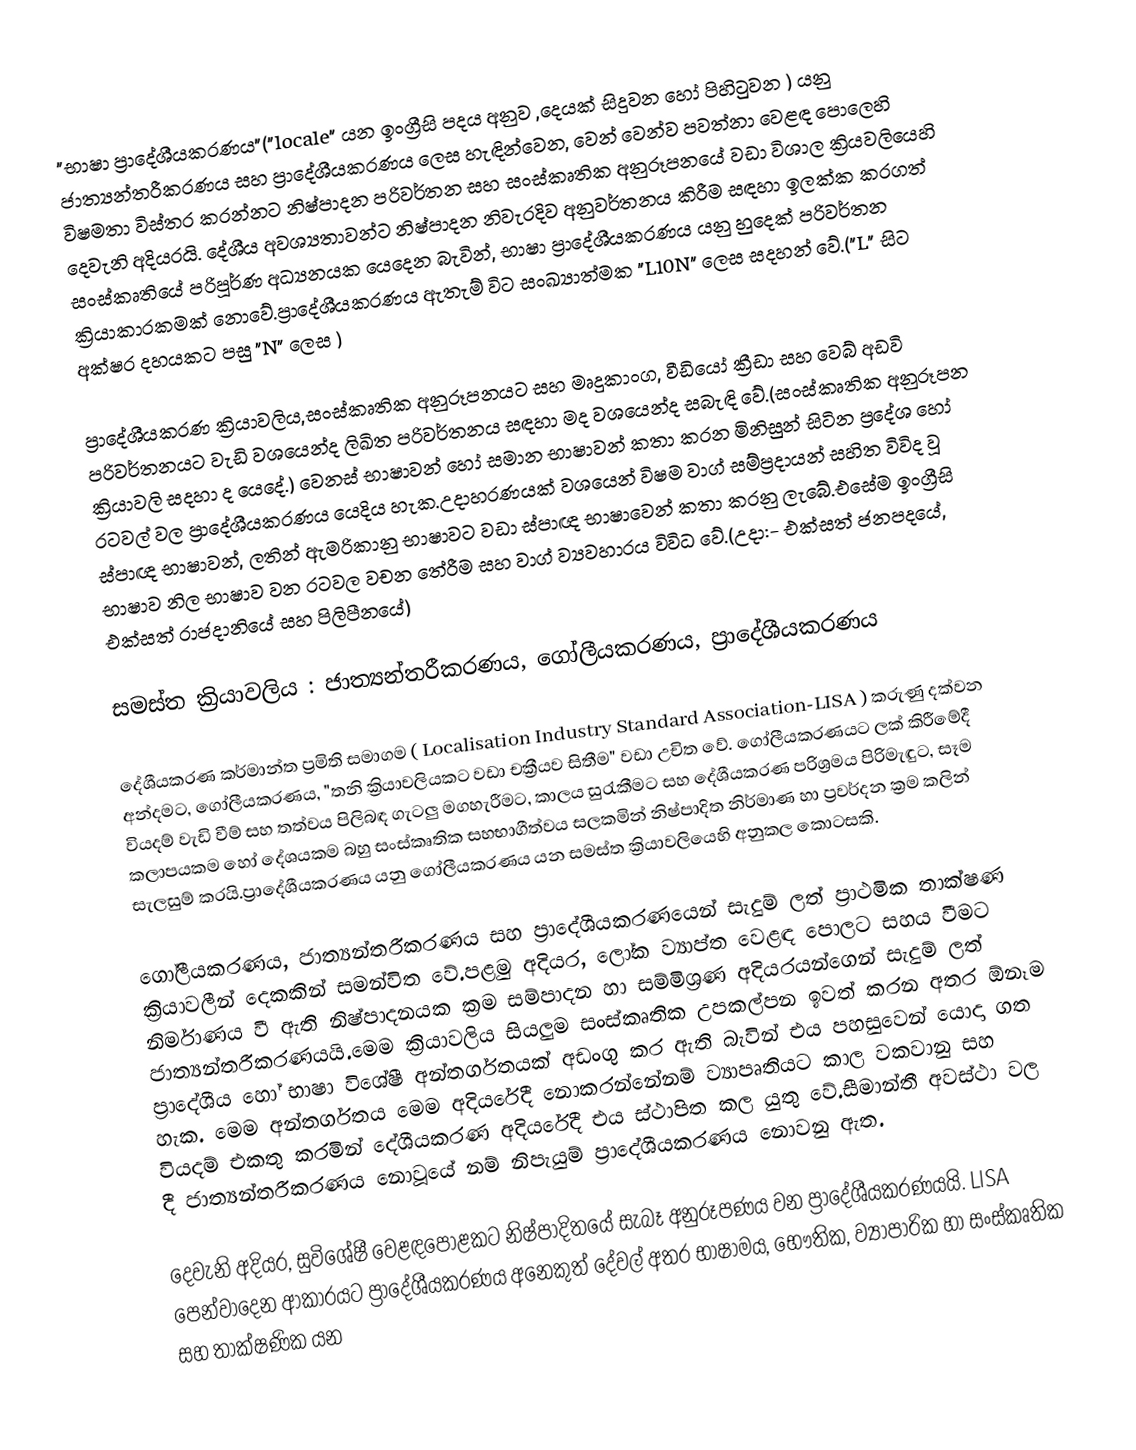
"භාෂා ප්‍රාදේශීයකරණය"("locale" යන ඉංග්‍රීසි පදය අනුව ,දෙයක් සිදුවන හෝ පිහිටුවන ) යනු ජාත්‍යන්තරීකරණය සහ ප්‍රාදේශීයකරණය ලෙස හැඳින්වෙන, වෙන් වෙන්ව පවත්නා වෙළඳ පොලෙහි විෂමතා විස්තර කරන්නට නිෂ්පාදන පරිවර්තන සහ සංස්කෘතික අනුරූපනයේ වඩා විශාල ක්‍රියවලියෙහි දෙවැනි අදියරයි. දේශීය අවශ්‍යතාවන්ට නිෂ්පාදන නිවැරදිව අනුවර්තනය කිරීම සඳහා ඉලක්ක කරගත් සංස්කෘතියේ පරිපූර්ණ අධ්‍යනයක යෙදෙන බැවින්, භාෂා ප්‍රාදේශීයකරණය යනු හුදෙක් පරිවර්තන ක්‍රියාකාරකමක් නොවේ.ප්‍රාදේශීයකරණය ඇතැම් විට සංඛ්‍යාත්මක "L10N" ලෙස සදහන් වේ.("L" සිට අක්ෂර දහයකට පසු "N" ලෙස )

ප්‍රාදේශීයකරණ ක්‍රියාවලිය,සංස්කෘතික අනුරූපනයට සහ මෘදුකාංග, වීඩියෝ ක්‍රීඩා සහ වෙබ් අඩවි පරිවර්තනයට වැඩි වශයෙන්ද ලිඛිත පරිවර්තනය සඳහා මද වශයෙන්ද සබැඳි වේ.(සංස්කෘතික අනුරූපන ක්‍රියාවලි සදහා ද යෙදේ.) වෙනස් භාෂාවන් හෝ සමාන භාෂාවන් කතා කරන මිනිසුන් සිටින ප්‍රදේශ හෝ රටවල් වල ප්‍රාදේශීයකරණය යෙදිය හැක.උදාහරණයක් වශයෙන් විෂම වාග් සම්ප්‍රදායන් සහිත විවිද වූ ස්පාඥ භාෂාවන්, ලතින් ඇමරිකානු භාෂාවට වඩා ස්පාඥ භාෂාවෙන් කතා කරනු ලැබේ.එසේම ඉංග්‍රීසි භාෂාව නිල භාෂාව වන රටවල වචන තේරීම සහ වාග් ව්‍යවහාරය විවිධ වේ.(උදා:- එක්සත් ජනපදයේ, එක්සත් රාජදානියේ සහ පිලිපීනයේ)

සමස්ත ක්‍රියාවලිය : ජාත්‍යන්තරීකරණය, ගෝලීයකරණය, ප්‍රාදේශීයකරණය

දේශීයකරණ කර්මාන්ත ප්‍රමිති සමාගම ( Localisation Industry Standard Association-LISA ) කරුණු දක්වන අන්දමට, ගෝලීයකරණය, "තනි ක්‍රියාවලියකට වඩා චක්‍රීයව සිතීම" වඩා උචිත වේ. ගෝලීයකරණයට ලක් කිරීමේදී වියදම් වැඩි වීම් සහ තත්වය පිලිබඳ ගැටලු මගහැරීමට, කාලය සුරැකීමට සහ දේශීයකරණ පරිශ්‍රමය පිරිමැඳුට, සෑම කලාපයකම හෝ දේශයකම බහු සංස්කෘතික සහභාගීත්වය සලකමින් නිෂ්පාදිත නිර්මාණ හා ප්‍රවර්දන ක්‍රම කලින් සැලසුම් කරයි.ප්‍රාදේශීයකරණය යනු ගෝලීයකරණය යන සමස්ත ක්‍රියාවලියෙහි අනුකල කොටසකි.

ගෝලීයකරණය, ජාත්‍යන්තරීකරණය සහ ප්‍රාදේශීයකරණයෙන් සැදුම් ලත් ප්‍රාථමික තාක්ෂණ ක්‍රියාවලීන් දෙකකින් සමන්විත වේ.පළමු අදියර, ලෝක ව්‍යාප්ත වෙළඳ පොලට සහය වීමට නිර්මාණය වී ඇති නිෂ්පාදනයක ක්‍රම සම්පාදන හා සම්මිශ්‍රණ අදියරයන්ගෙන් සැදුම් ලත් ජාත්‍යන්තරීකරණයයි.මෙම ක්‍රියාවලිය සියලුම සංස්කෘතික උපකල්පන ඉවත් කරන අතර ඕනෑම ප්‍රාදේශීය හෝ භාෂා විශේෂී අන්තර්ගතයක් අඩංගු කර ඇති බැවින් එය පහසුවෙන් යොදා ගත හැක. මෙම අන්තර්ගතය මෙම අදියරේදී නොකරන්නේනම් ව්‍යාපෘතියට කාල වකවානු සහ වියදම් එකතු කරමින් දේශීයකරණ අදියරේදී එය ස්ථාපිත කල යුතු වේ.සීමාන්තී අවස්ථා වල දී ජාත්‍යන්තරීකරණය නොවූයේ නම් නිපැයුම් ප්‍රාදේශීයකරණය නොවනු ඇත.

දෙවැනි අදියර, සුවිශේෂී වෙළඳපොළකට නිෂ්පාදිතයේ සැබෑ අනුරූපණය වන ප්‍රාදේශීයකරණයයි. LISA පෙන්වාදෙන ආකාරයට ප්‍රාදේශීයකරණය අනෙකුත් දේවල් අතර භාෂාමය, භෞතික, ව්‍යාපාරික හා සංස්කෘතික සහ තාක්ෂණික යන